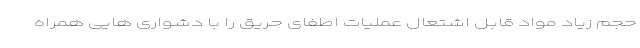
حجم زیاد مواد قابل اشتعال عملیات اطفای حریق را با دشواری هایی همراه